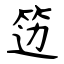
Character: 笾